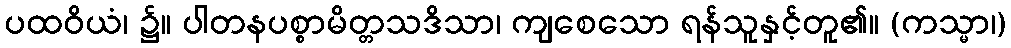
ပထဝိယံ၊ ၌။ ပါတနပစ္စာမိတ္တသဒိသာ၊ ကျစေသော ရန်သူနှင့်တူ၏။ (ကသ္မာ၊)